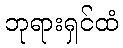
ဘုရားရှင်ထံ